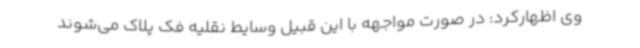
وی اظهارکرد: در صورت مواجهه با این قبیل وسایط نقلیه فک پلاک می‌شوند